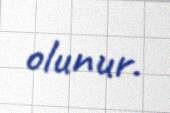
olunur.